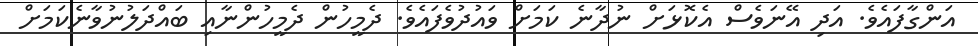
އަންގާފައެވެ. އަދި އޭނަވެސް އެކޮޅަށް ނުދާނެ ކަމަށް ވައުދުވެފައެވެ. ދެމީހުން ދެމީހުންނާއި ބައްދަލުނުވާނެކަމަށް